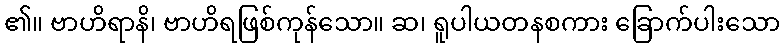
၏။ ဗာဟိရာနိ၊ ဗာဟိရဖြစ်ကုန်သော။ ဆ၊ ရူပါယတနစကား ခြောက်ပါးသော